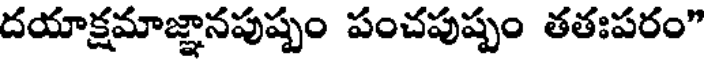
దయాక్షమాజ్ఞానపుష్పం పంచపుష్పం తతఃపరం"